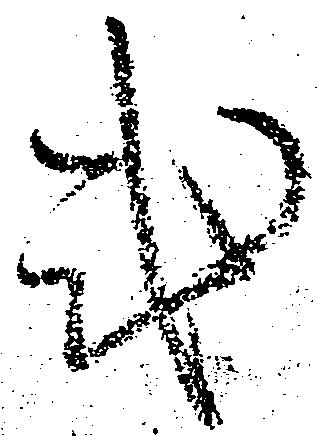
式